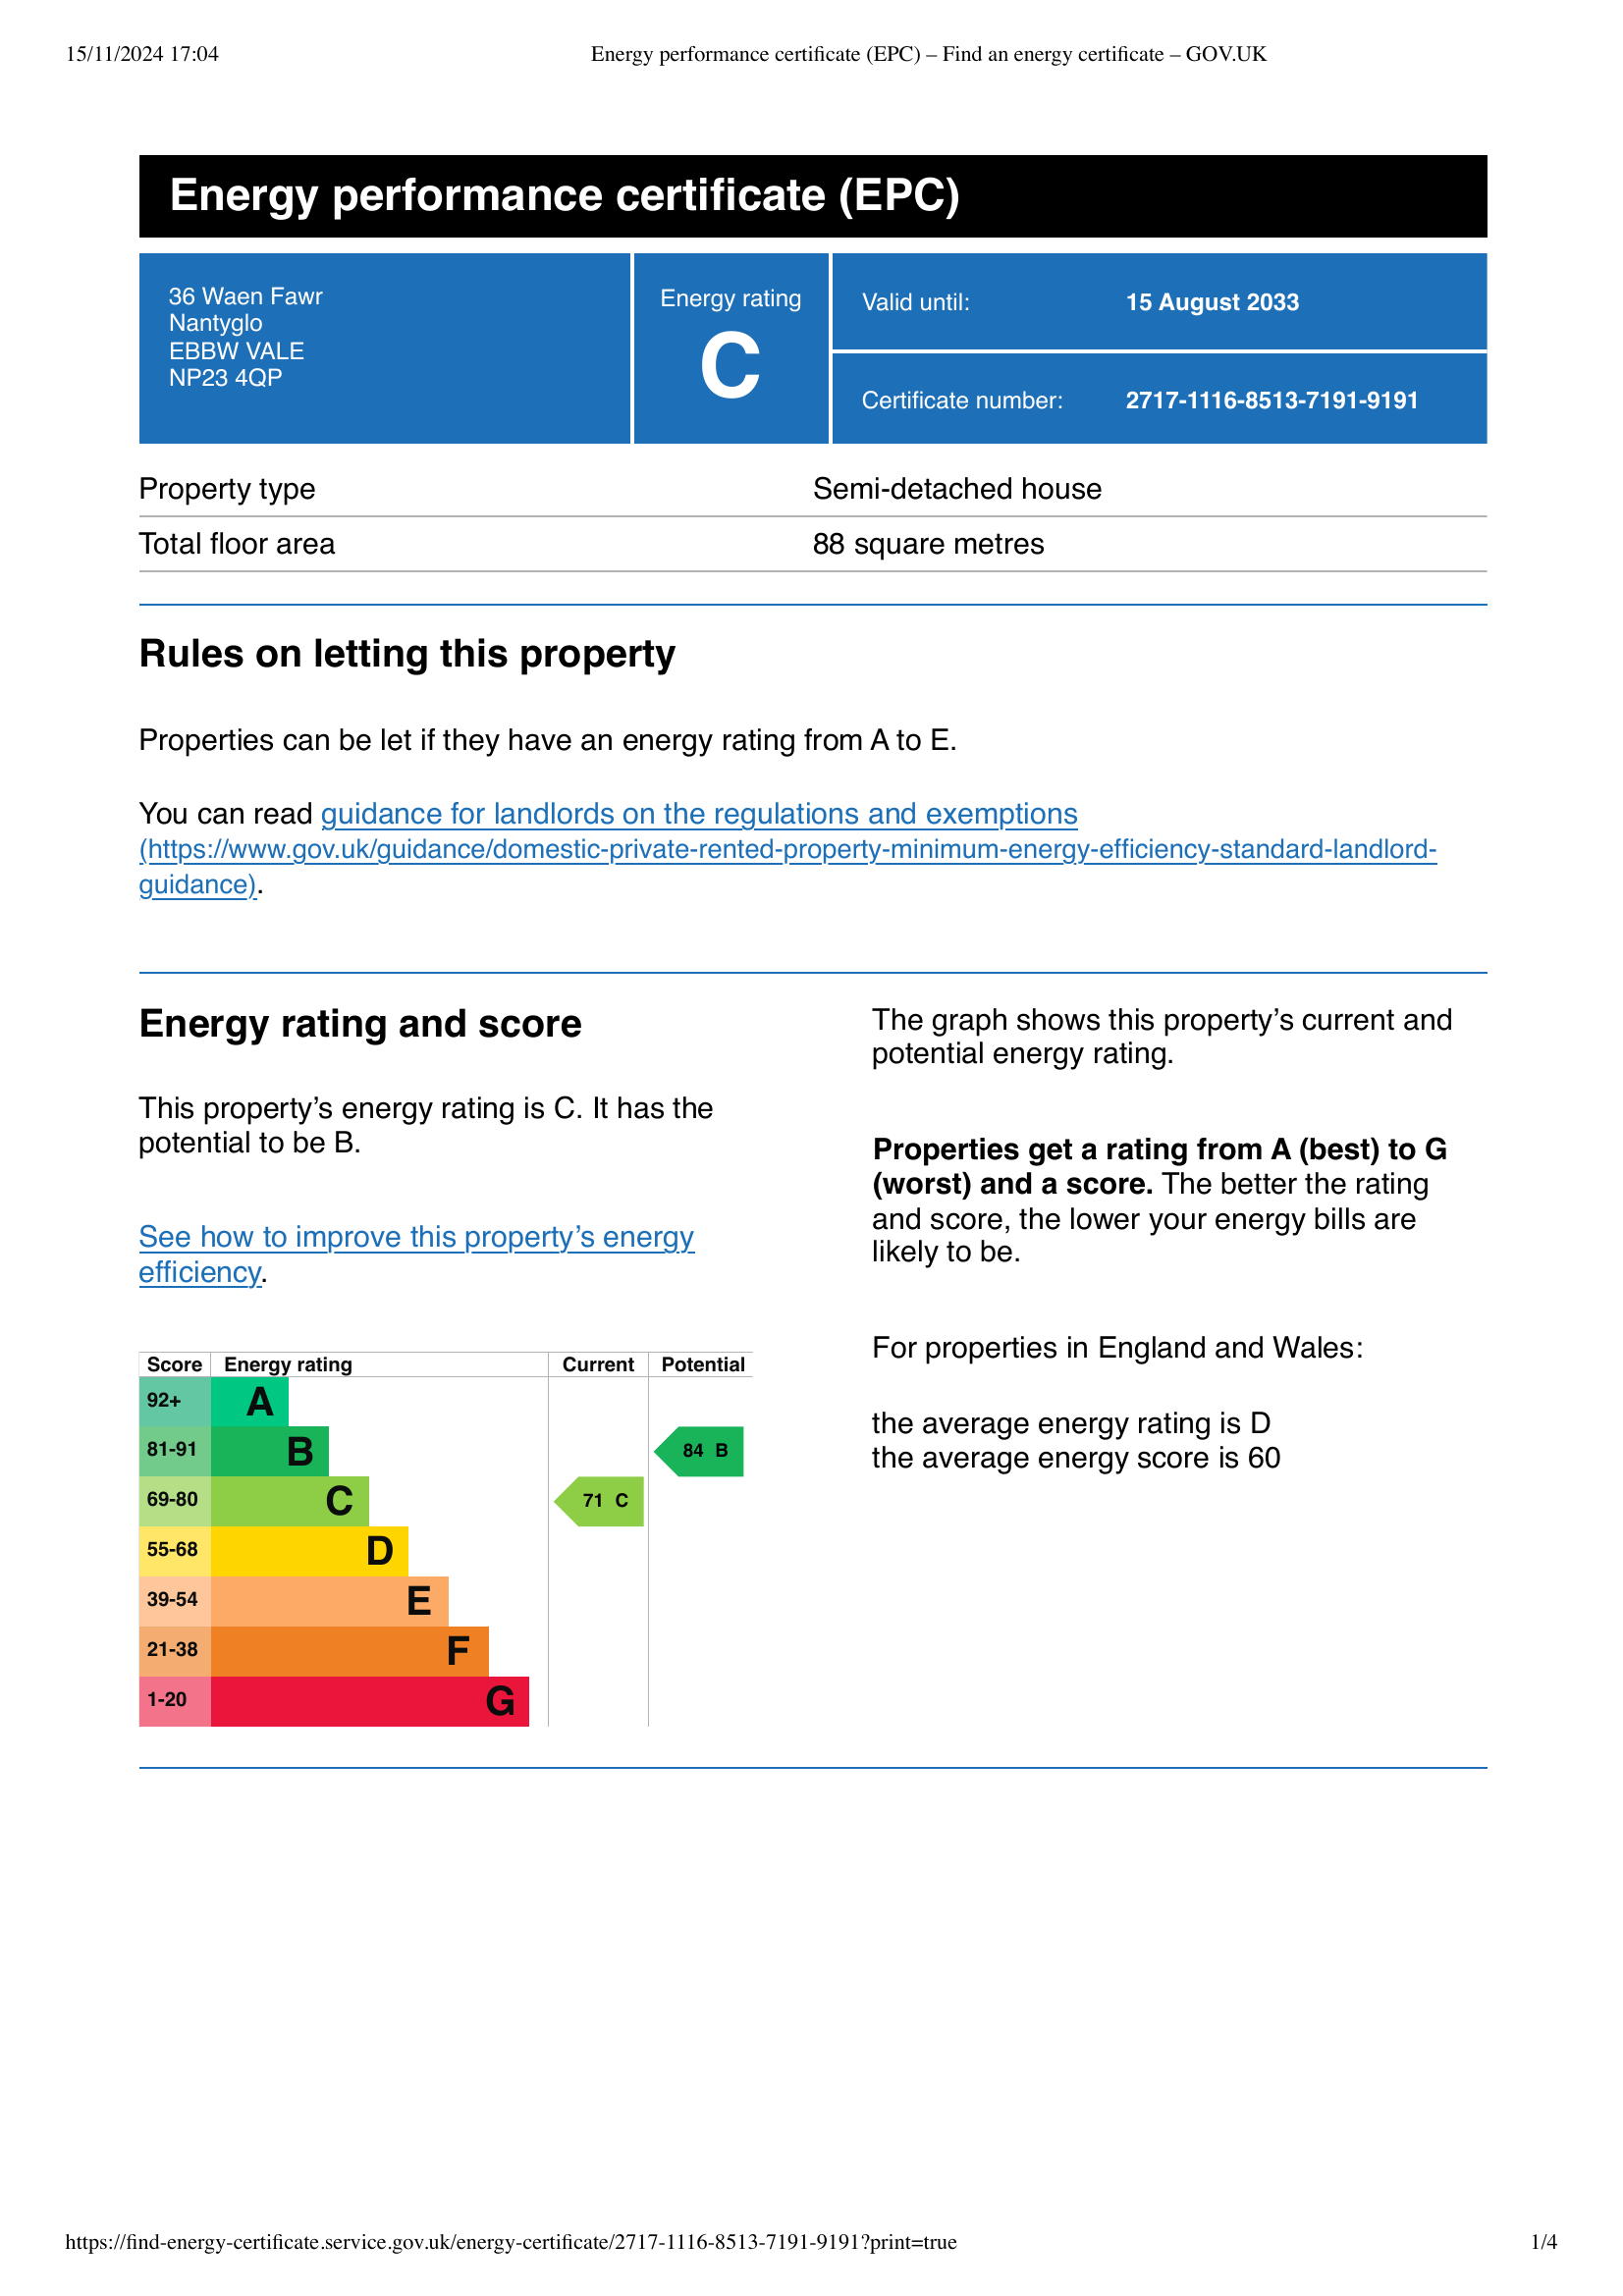
Current energy efficiency rating: C (score 77)
Potential energy efficiency rating: C (score 78)
Current environmental impact (CO2) rating: D (score 65)
Potential environmental impact (CO2) rating: D (score 66)